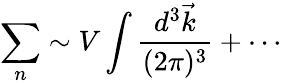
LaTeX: \sum_{n}\sim V\int{\frac{d^{3}\vec{k}}{(2\pi)^{3}}}+\cdots